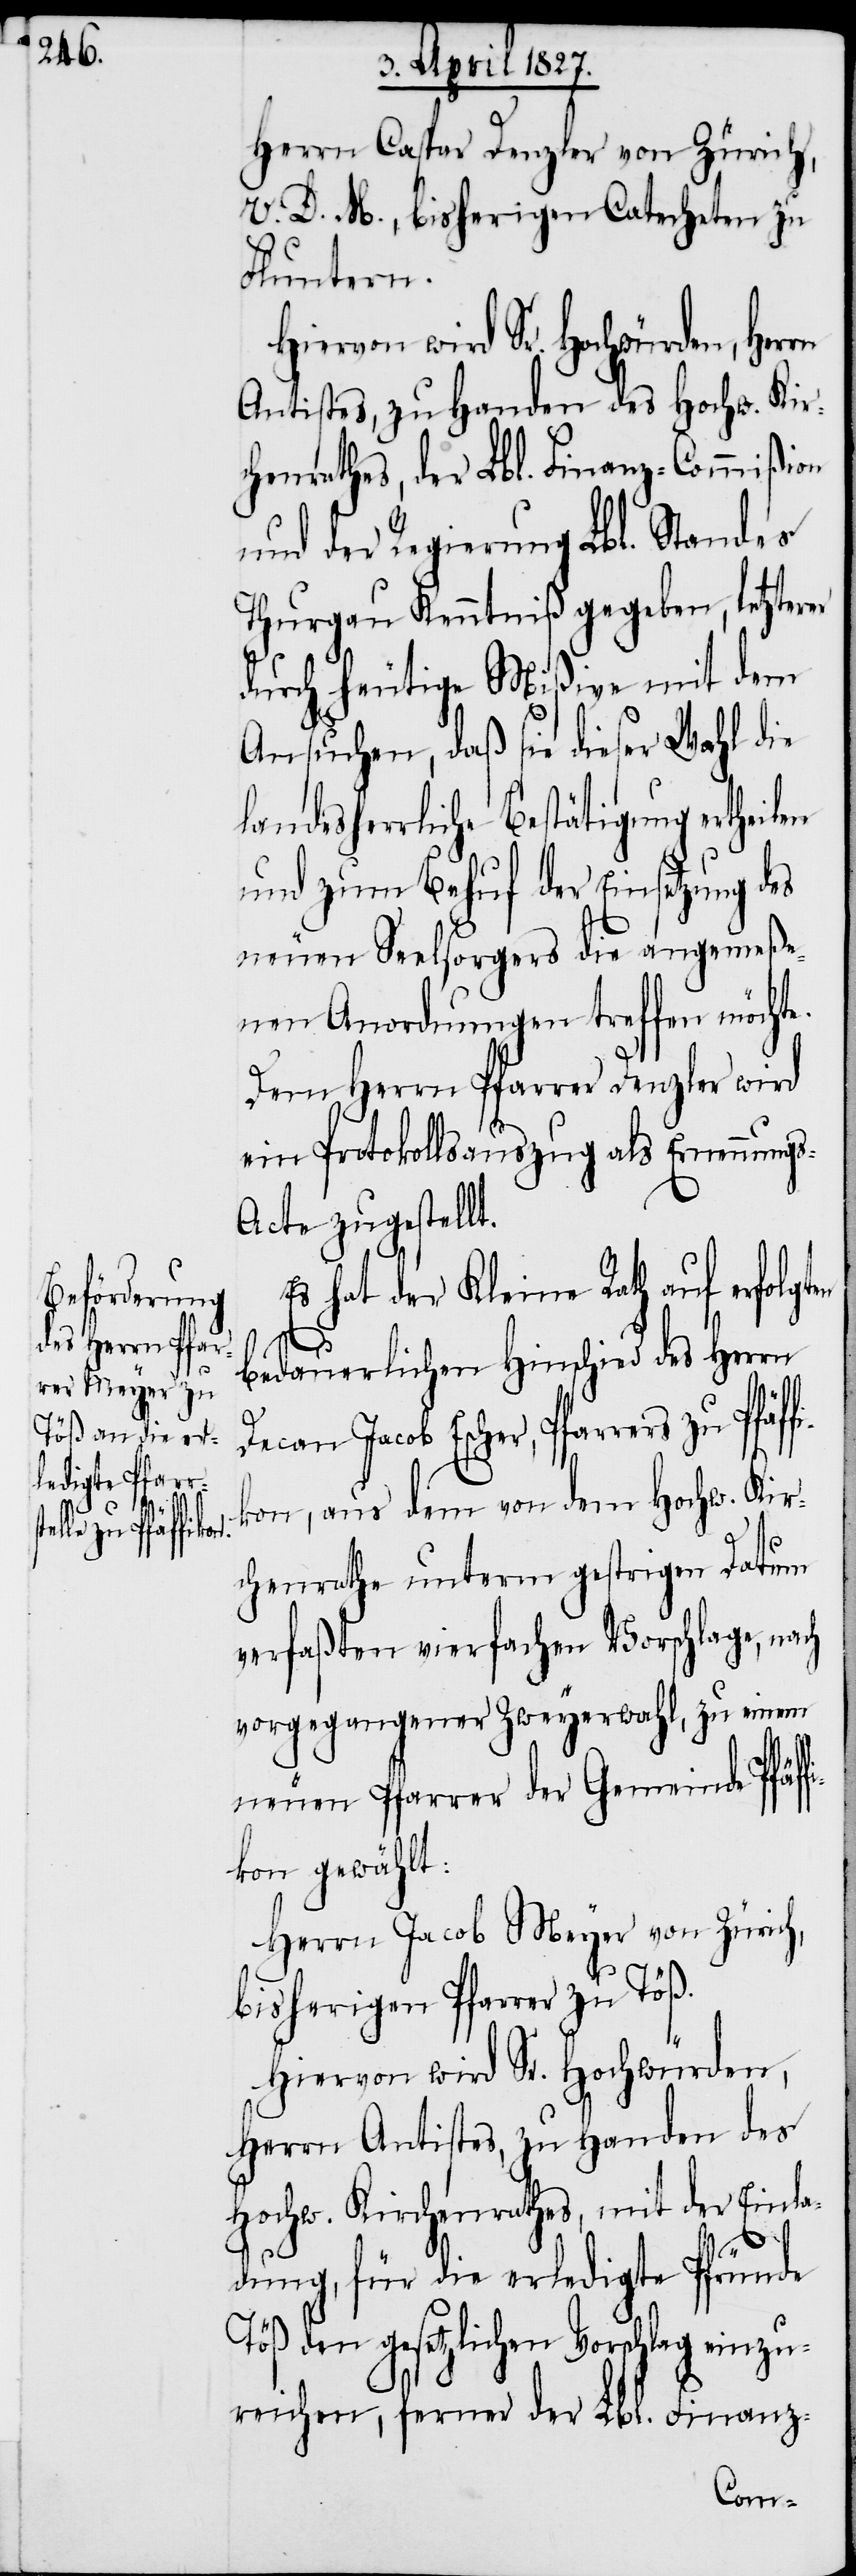
s-A¬
rers zu Pfäffi¬

Herrn Caspar Denzler von Zürich,
V. D. M., bisherigen Catecheten zu
Fluntern.
Hiervon wird Sr. Hochwürden, Herrn
Antistes, zu Handen des Hochw. Kir¬
chenrathes, der Lbl. Finanz-Commißion
und der Regierung Lbl. Standes
Thurgau Kenntniß gegeben, letzterer
durch heutige Mißive mit dem
Ansuchen, daß sie dieser Wahl die
landesherrliche Bestätigung ertheilen
und zum Behuf der Einsetzung des
neuen Seelsorgers die angemeße¬
nen Anordnungen treffen möchte.
Dem Herrn Pfarrer Denzler wird
ein Protokollsauszug als Ernennung¬
cte zugestellt.
Es hat der Kleine Rath auf erfolgten
bedauerlichen Hinschied des Herrn
Decan Jacob Escher, Pfar¬
kon, aus dem von dem Hochw. Kir¬
chenrathe unterm gestrigen Datum
verfaßten vierfachen Vorschlage, nach
vorgegangener Zweyerwahl, zu einem
neuen Pfarrer der Gemeinde Pfäff¬
ikon gewählt:
Herrn Jacob Meyer von Zürich,
bisherigen Pfarrer zu Töß.
Hiervon wird Sr. Hochwürden,
Herrn Antistes, zu Handen des
Hochw. Kirchenrathes, mit der Einla¬
dung, für die erledigte Pfründe
Töß den gesetzlichen Vorschlag einzu¬
reichen, ferner der Lbl. Finanz-